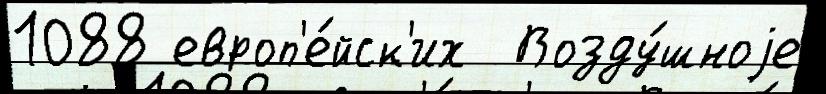
1088 европ'е́йск'их  Возду́шноjе